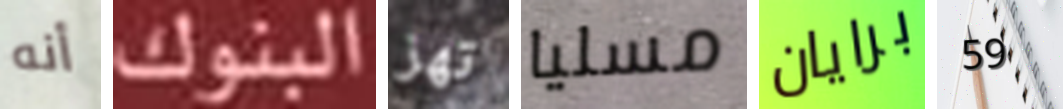
أنه البنوك تهز مسليا برايان 59